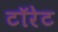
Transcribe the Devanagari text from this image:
टॉरेट